Annual statistical returns and brief notes on vaccination in Bengal - 1909-1929
Year: 1909
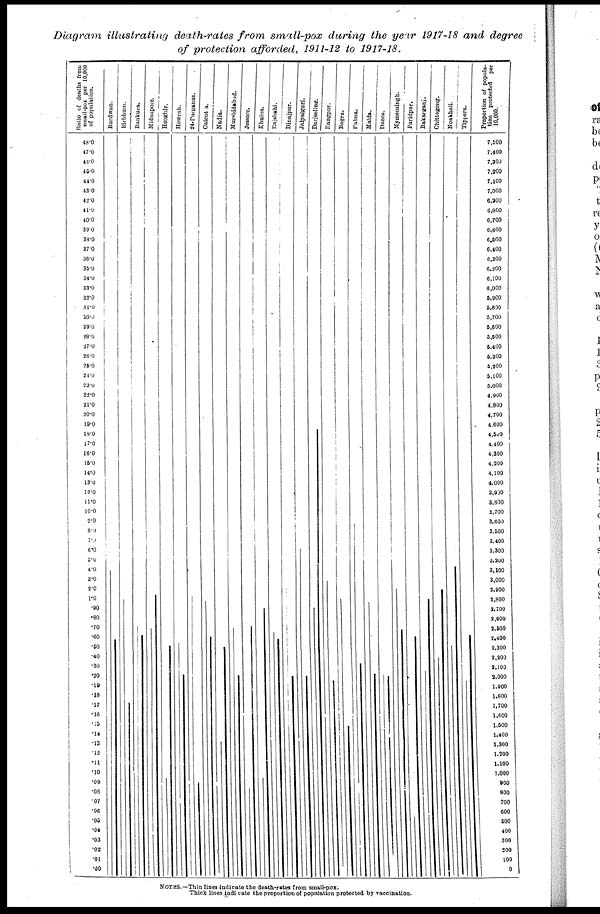
Diagram illustrating death-rates from small-pox during the year 1917-18 and degree
of protection afforded, 1911-12 to 1917-18.
NOTES.—Thin lines indicate the death-rates from small-pox.
Thick lines indicate the proportion of population protected by vaccination.